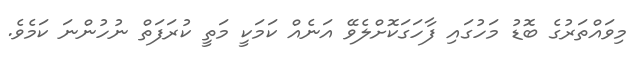
މިވައްތަރުގެ ބޮޑު މަހުގައި ފާހަގަކޮށްލެވޭ އަނެއް ކަމަކީ މަތީ ކުރަފަތް ނުހުންނަ ކަމެވެ.